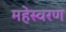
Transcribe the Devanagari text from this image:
महेस्वरण